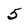
Character: 5